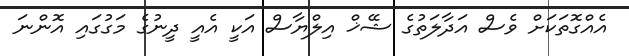
އެއްގޮތަކަށް ވެސް އަދާލަތުގެ ޝޭޚް އިލްޔާސް އަކީ އެއީ ދީނުގެ މަގުގައި އޮންނަ